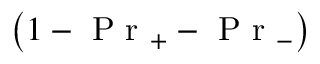
\left( 1 - \mathrm { ~ P ~ r ~ } _ { + } - \mathrm { ~ P ~ r ~ } _ { - } \right)